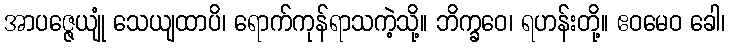
အာပဇ္ဇေယျုံ သေယျထာပိ၊ ရောက်ကုန်ရာသကဲ့သို့။ ဘိက္ခဝေ၊ ရဟန်းတို့။ ဧဝမေဝ ခေါ၊